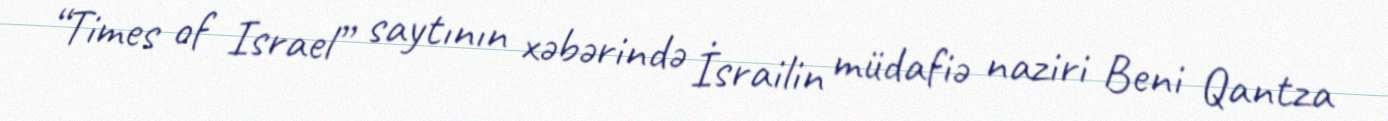
“Times of Israel” saytının xəbərində İsrailin müdafiə naziri Beni Qantza